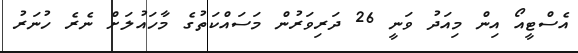
އެސްޓީއޯ އިން މިއަދު ވަނީ 26 ދަރިވަރުން މަސައްކަތުގެ މާހައުލަށް ނެރެ ހުނަރު